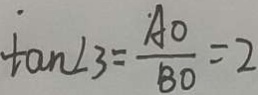
\tan \angle 3 = \frac { . A O } { B O } = 2